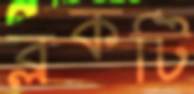
ব্লকটি